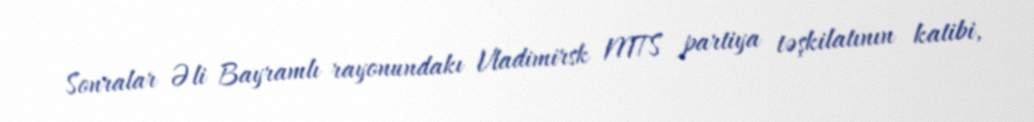
Sonralar Əli Bayramlı rayonundakı Vladimirsk MTS partiya təşkilatının katibi,